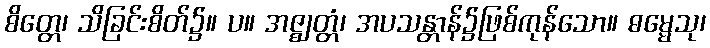
စိတ္တေ၊ သိခြင်းစိတ်၌။ ပ။ အဇ္ဈတ္တံ၊ အပသန္တာန်၌ဖြစ်ကုန်သော။ ဓမ္မေသု၊